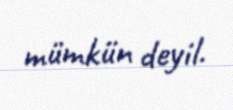
mümkün deyil.